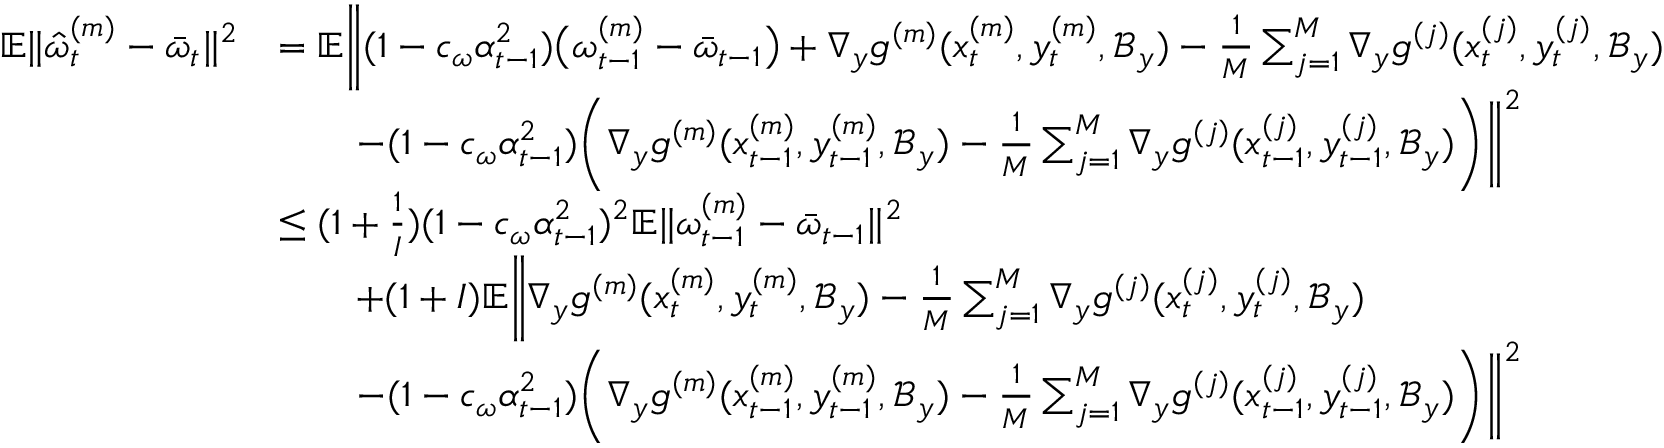
\begin{array} { r l } { \mathbb { E } \| \hat { \omega } _ { t } ^ { ( m ) } - \bar { \omega } _ { t } \| ^ { 2 } } & { = \mathbb { E } \bigg \| ( 1 - c _ { \omega } \alpha _ { t - 1 } ^ { 2 } ) \big ( \omega _ { t - 1 } ^ { ( m ) } - \bar { \omega } _ { t - 1 } \big ) + \nabla _ { y } g ^ { ( m ) } ( x _ { t } ^ { ( m ) } , y _ { t } ^ { ( m ) } , \mathcal { B } _ { y } ) - \frac { 1 } { M } \sum _ { j = 1 } ^ { M } \nabla _ { y } g ^ { ( j ) } ( x _ { t } ^ { ( j ) } , y _ { t } ^ { ( j ) } , \mathcal { B } _ { y } ) } \\ & { \qquad - ( 1 - c _ { \omega } \alpha _ { t - 1 } ^ { 2 } ) \bigg ( \nabla _ { y } g ^ { ( m ) } ( x _ { t - 1 } ^ { ( m ) } , y _ { t - 1 } ^ { ( m ) } , \mathcal { B } _ { y } ) - \frac { 1 } { M } \sum _ { j = 1 } ^ { M } \nabla _ { y } g ^ { ( j ) } ( x _ { t - 1 } ^ { ( j ) } , y _ { t - 1 } ^ { ( j ) } , \mathcal { B } _ { y } ) \bigg ) \bigg \| ^ { 2 } } \\ & { \leq ( 1 + \frac { 1 } { I } ) ( 1 - c _ { \omega } \alpha _ { t - 1 } ^ { 2 } ) ^ { 2 } \mathbb { E } \| \omega _ { t - 1 } ^ { ( m ) } - \bar { \omega } _ { t - 1 } \| ^ { 2 } } \\ & { \qquad + ( 1 + I ) \mathbb { E } \bigg \| \nabla _ { y } g ^ { ( m ) } ( x _ { t } ^ { ( m ) } , y _ { t } ^ { ( m ) } , \mathcal { B } _ { y } ) - \frac { 1 } { M } \sum _ { j = 1 } ^ { M } \nabla _ { y } g ^ { ( j ) } ( x _ { t } ^ { ( j ) } , y _ { t } ^ { ( j ) } , \mathcal { B } _ { y } ) } \\ & { \qquad - ( 1 - c _ { \omega } \alpha _ { t - 1 } ^ { 2 } ) \bigg ( \nabla _ { y } g ^ { ( m ) } ( x _ { t - 1 } ^ { ( m ) } , y _ { t - 1 } ^ { ( m ) } , \mathcal { B } _ { y } ) - \frac { 1 } { M } \sum _ { j = 1 } ^ { M } \nabla _ { y } g ^ { ( j ) } ( x _ { t - 1 } ^ { ( j ) } , y _ { t - 1 } ^ { ( j ) } , \mathcal { B } _ { y } ) \bigg ) \bigg \| ^ { 2 } } \end{array}